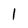
Character: 1